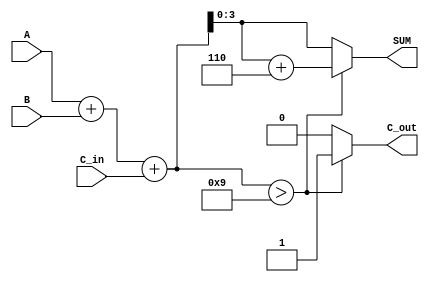
module BCD_Asynchronous_Adder (
    input [3:0] A,      // First BCD digit
    input [3:0] B,      // Second BCD digit
    input C_in,         // Carry-in
    output reg [3:0] SUM, // BCD result
    output reg C_out     // Carry-out
);

    wire [4:0] S;       // 5-bit sum to accommodate carry
    wire correction;     // Correction flag

    // Perform binary addition
    assign S = A + B + C_in;

    // Determine if correction is needed
    assign correction = (S > 4'b1001); // Check if sum exceeds 9

    always @(*) begin
        if (correction) begin
            SUM = S + 4'b0110; // Add 6 for BCD correction
            C_out = 1;         // Set carry-out
        end else begin
            SUM = S[3:0];      // Use lower 4 bits of sum
            C_out = 0;         // No carry-out
        end
    end

endmodule